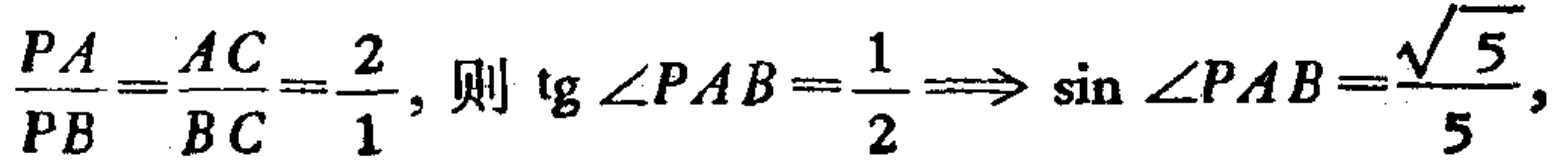
$\frac{PA}{PB}=\frac{AC}{BC}=\frac{2}{1}, 则 \tg\angle PAB=\frac{1}{2}\Longrightarrow\sin\angle PAB=\frac{\sqrt{5}}{5},$